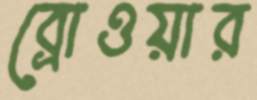
ব্রোওয়ার